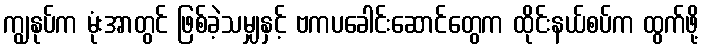
ကျွနုပ်က မုံးအာတွင် ဖြစ်ခဲ့သမျှနှင့် ဗကပခေါင်းဆောင်တွေက ထိုင်းနယ်စပ်က ထွက်ဖို့